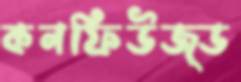
কনফিউজ্ড